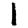
Digit: 1